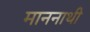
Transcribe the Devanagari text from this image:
माननाथी